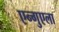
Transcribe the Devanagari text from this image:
एन्गुएला